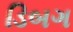
ડિબગ